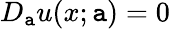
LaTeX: D_{\mathtt{a}}u(x;\mathtt{a})=0